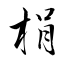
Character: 梋